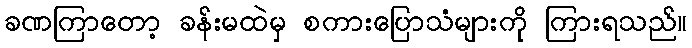
ခဏကြာတော့ ခန်းမထဲမှ စကားပြောသံများကို ကြားရသည်။